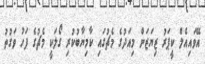
އޭވައިއެލް ކީޕަރު ޒިޔަޒަން މިއަދުގެ މެޗުގައި ކާމިޔާބުކުރި ގޯލަކީ މެޗުގެ ފަހު ވަގުތު